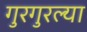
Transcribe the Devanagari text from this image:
गुरगुरल्या